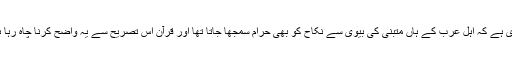
یہاں صلبی بیٹوں کی تصریح کا محل سمجھنے کے لیے یہ جاننا ضروری ہے کہ اہل عرب کے ہاں متبنیٰ کی بیوی سے نکاح کو بھی حرام سمجھا جاتا تھا اور قرآن اس تصریح سے یہ واضح کرنا چاہ رہا ہے کہ اس کے نزدیک صرف حقیقی بیٹے کی بیوی سے نکاح حرام ہے۔